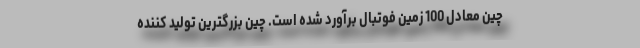
چین معادل 100 زمین فوتبال برآورد شده است. چین بزرگترین تولید کننده